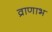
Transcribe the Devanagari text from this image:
व्राणाभ